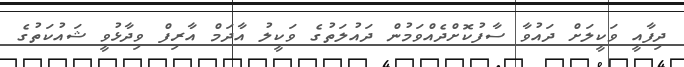
ދިފާއީ ވަކީލަށް ދައުވާ ސާފުކޮށްދެއްވަމުން ދައުލަތުގެ ވަކީލު އާދަމް އާރިފް ވިދާޅުވީ ޝައުކަތުގެ